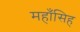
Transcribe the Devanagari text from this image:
महाँसिह